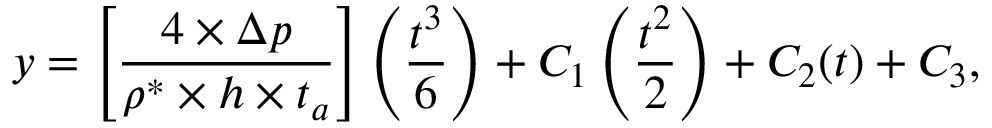
y = \left[ \frac { 4 \times \Delta p } { \rho ^ { * } \times h \times t _ { a } } \right] \left( \frac { t ^ { 3 } } { 6 } \right) + C _ { 1 } \left( \frac { t ^ { 2 } } { 2 } \right) + C _ { 2 } ( t ) + C _ { 3 } ,